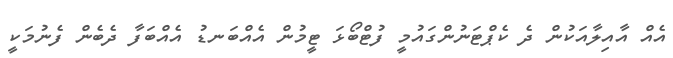
އެއް އާއިލާއަކުން ދެ ކެޕްޓަނުންގައުމީ ފުޓްބޯޅަ ޓީމުން އެއްބަނޑު އެއްބަފާ ދެބެން ފެނުމަކީ